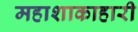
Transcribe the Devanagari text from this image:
महाशाकाहारी